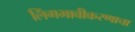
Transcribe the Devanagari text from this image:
लिंगभावीकरणाचा